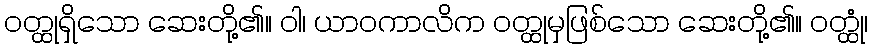
ဝတ္ထုရှိသော ဆေးတို့၏။ ဝါ၊ ယာဝကာလိက ဝတ္ထုမှဖြစ်သော ဆေးတို့၏။ ဝတ္ထုံ၊